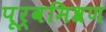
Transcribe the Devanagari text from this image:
पूर्वमिश्रण